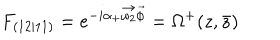
LaTeX: F _ { ( 1 2 \vert 1 1 ) } = e ^ { - i \alpha _ { + } \vec { \omega _ { 2 } } \vec { \phi } } = \Omega ^ { + } ( z , \bar { z } )